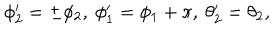
\phi _ { 2 } ^ { \prime } = \pm \phi _ { 2 } , \ \phi _ { 1 } ^ { \prime } = \phi _ { 1 } + \pi , \ \theta _ { 2 } ^ { \prime } = \theta _ { 2 } ,